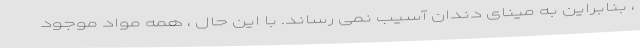
، بنابراین به مینای دندان آسیب نمی رساند. با این حال ، همه مواد موجود